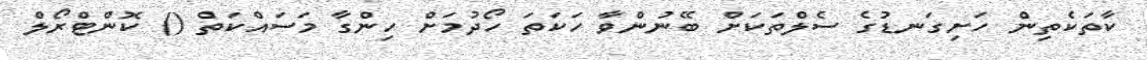
ކާތަކެތިން ހަށިގަނޑުގެ ސެލްތަކަށް ބޭނުންވާ ހަކަތަ ހޯދުމަށް ހިންގާ މަސައްކަތް () ކޮންޓްރޯލް